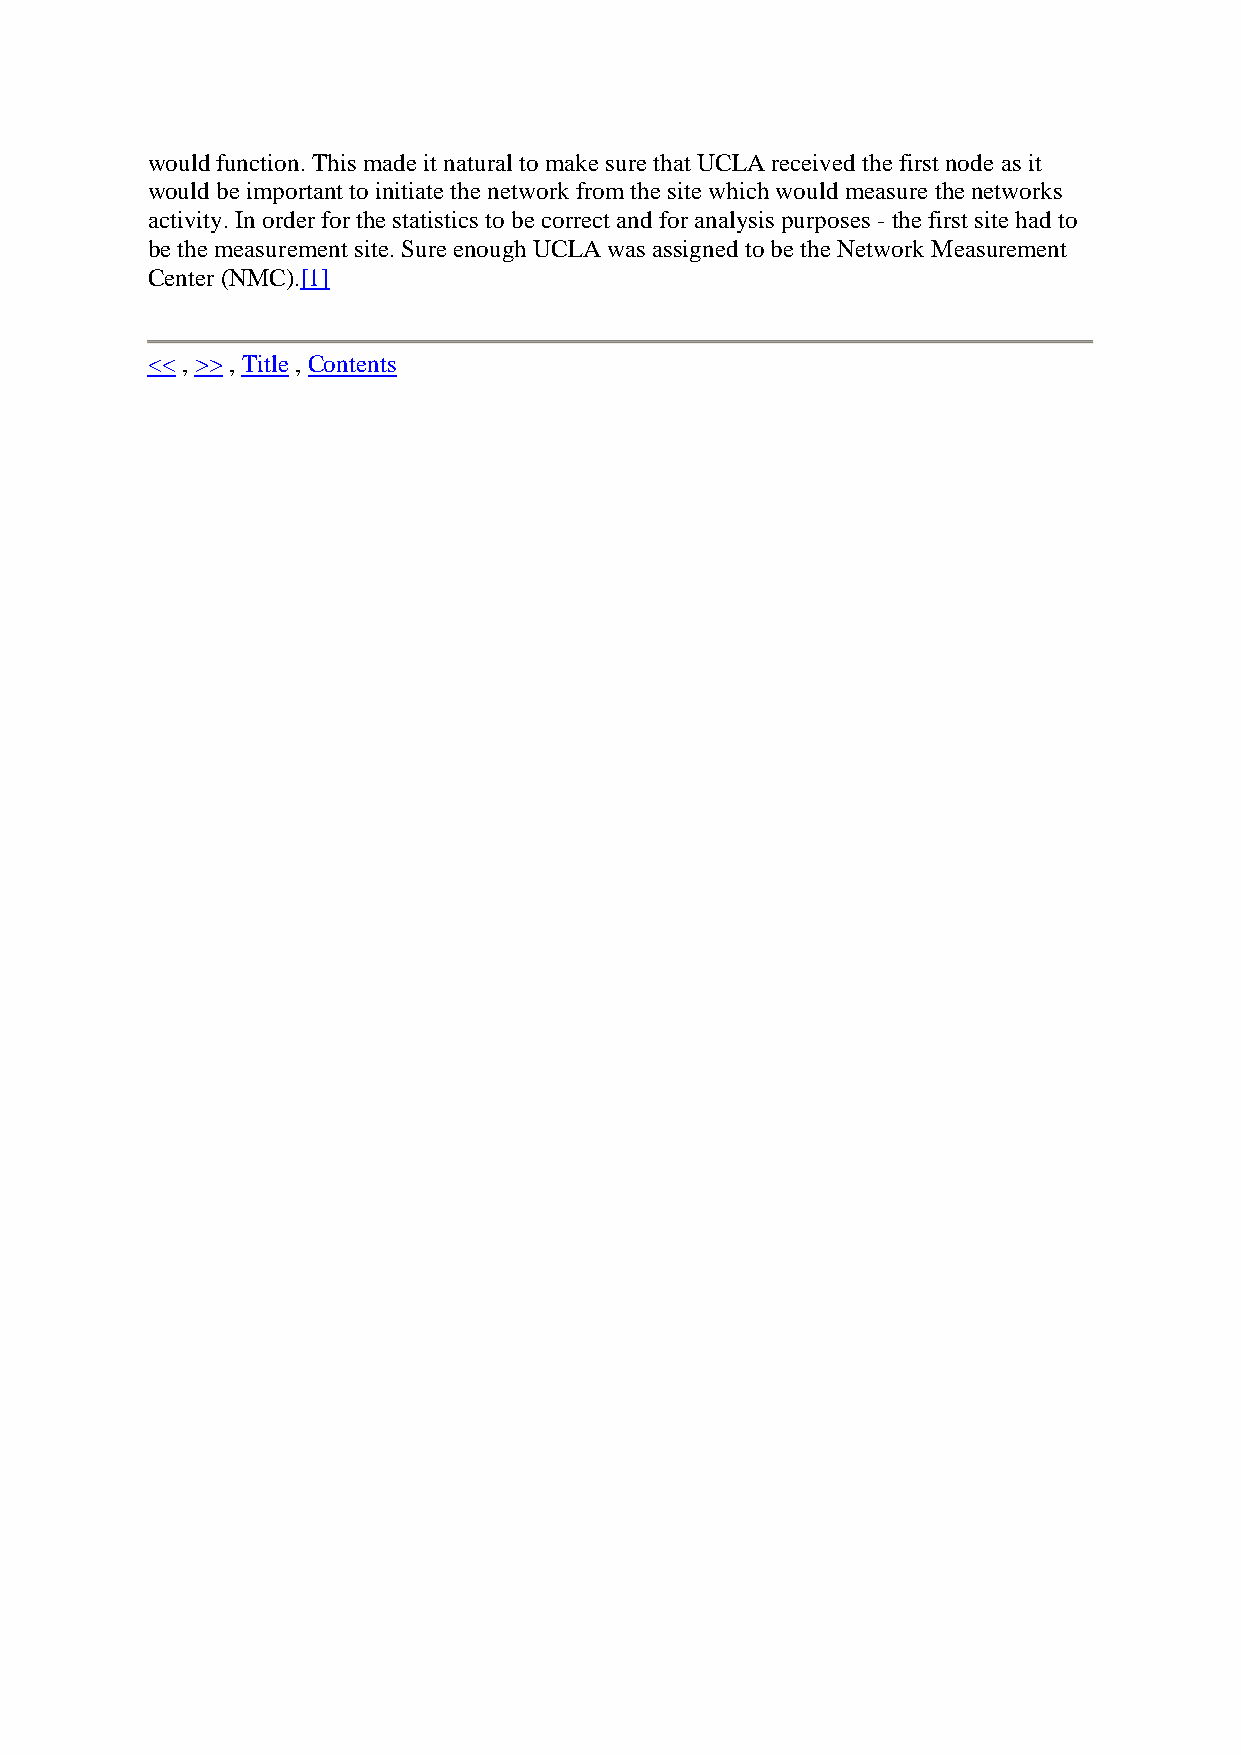
would function. This made it natural to make sure that UCLA received the first node as it
 would be important to initiate the network from the site which would measure the networks
 activity. In order for the statistics to be correct and for analysis purposes - the first site had to
 be the measurement site. Sure enough UCLA was assigned to be the Network Measurement
 Center (NMC).[1]
 << , >> , Title , Contents